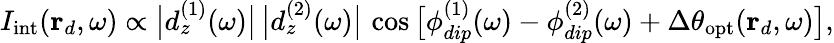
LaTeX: I_{\mathrm{int}}(\mathbf{r}_{d},\omega)\propto\big\lvert d_{z}^{(1)}(\omega)\big\rvert\, \big\lvert d_{z}^{(2)}(\omega)\big\rvert\, \cos\big[\phi_{dip}^{(1)}(\omega)-\phi_{dip}^{(2)}(\omega)+\Delta\theta_{\mathrm{opt}}(\mathbf{r}_{d},\omega)\big],